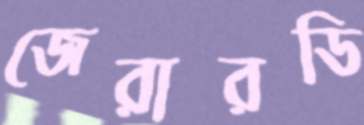
জেরারডি